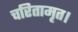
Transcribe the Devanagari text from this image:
चरितामृत।